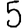
Digit: 5